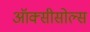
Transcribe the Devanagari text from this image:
ऑक्सीसोल्स